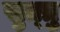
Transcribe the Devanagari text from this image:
सुत्त्रु